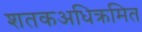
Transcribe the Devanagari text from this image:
शतकअधिक्रमित